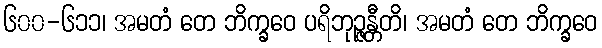
၆၀၀-၆၁၁၊ အမတံ တေ ဘိက္ခဝေ ပရိဘုဉ္ဇန္တီတိ၊ အမတံ တေ ဘိက္ခဝေ